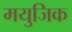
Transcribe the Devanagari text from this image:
मयुजिक